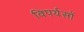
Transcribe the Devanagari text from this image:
विपर्यसों